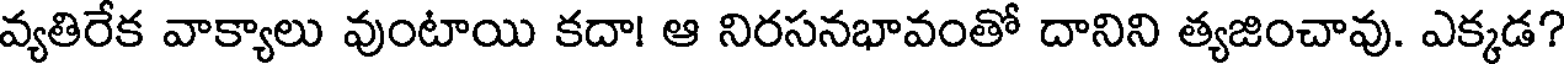
వ్యతిరేక వాక్యాలు వుంటాయి కదా! ఆ నిరసనభావంతో దానిని త్యజించావు. ఎక్కడ?